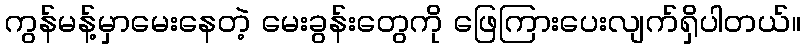
ကွန်မန့်မှာမေးနေတဲ့ မေးခွန်းတွေကို ဖြေကြားပေးလျက်ရှိပါတယ်။